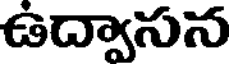
ఉద్వాసన